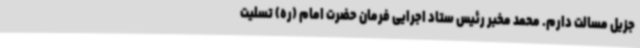
جزیل مسالت دارم. محمد مخبر رئیس ستاد اجرایی فرمان حضرت امام (ره) تسلیت